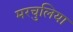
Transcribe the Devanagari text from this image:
मरचुलिया